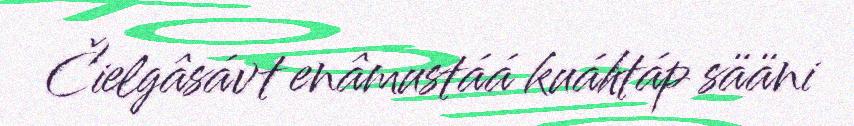
Čielgâsávt enâmustáá kuáhtáp sääni